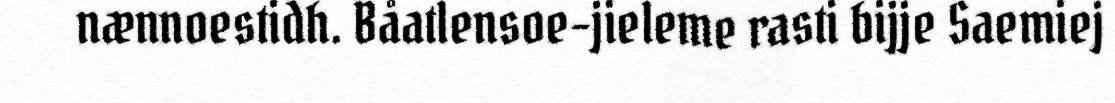
nænnoestidh. Båatlensoe-jieleme rasti bijje Saemiej